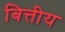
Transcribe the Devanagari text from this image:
बित्तीय